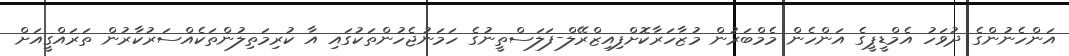
އަންހެނުންގެ ދުވަހު އެމްޑީޕީގެ އަންހެން މެމްބަރުން މުޒާހަރާކޮށްފިއިޒްރޭލް-ފަލަސްތީނުގެ ހަމަނުޖެހުންތަކުގައި އާ ކުރިމަތިލުންތަކެއްސަރުކާރުން ތަރައްގީއަށް